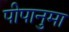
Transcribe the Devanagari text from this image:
पीपानुमा